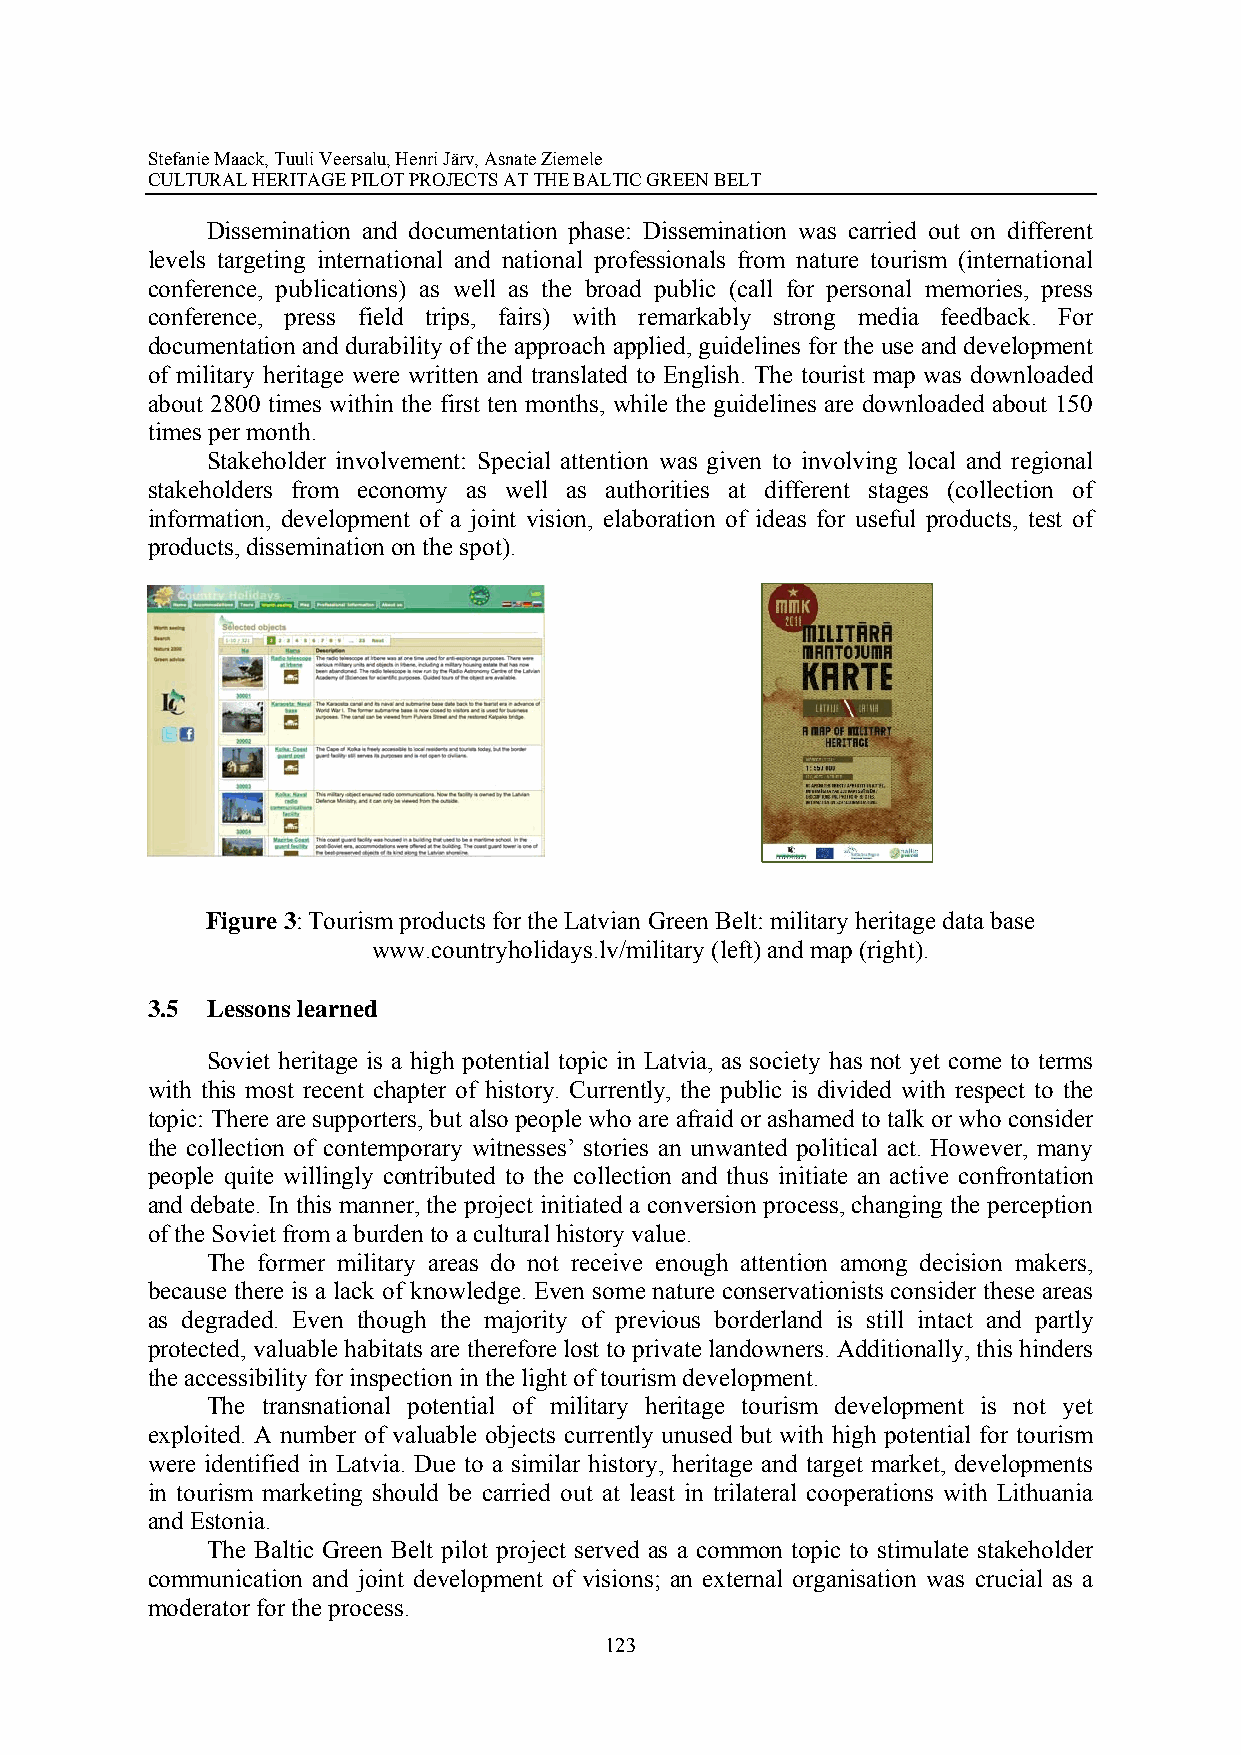
Stefanie Maack, Tuuli Veersalu, Henri Järv, Asnate Ziemele
 CULTURAL HERITAGE PILOT PROJECTS AT THE BALTIC GREEN BELT
 Dissemination and documentation phase: Dissemination was carried out on different
 levels targeting international and national professionals from nature tourism (international
 conference, publications) as well as the broad public (call for personal memories, press
 conference, press field trips, fairs) with remarkably strong media feedback. For
 documentation and durability of the approach applied, guidelines for the use and development
 of military heritage were written and translated to English. The tourist map was downloaded
 about 2800 times within the first ten months, while the guidelines are downloaded about 150
 times per month.
 Stakeholder involvement: Special attention was given to involving local and regional
 stakeholders from economy as well as authorities at different stages (collection of
 information, development of a joint vision, elaboration of ideas for useful products, test of
 products, dissemination on the spot).
 Figure 3: Tourism products for the Latvian Green Belt: military heritage data base
 www.countryholidays.lv/military (left) and map (right).
 3.5 Lessons learned
 Soviet heritage is a high potential topic in Latvia, as society has not yet come to terms
 with this most recent chapter of history. Currently, the public is divided with respect to the
 topic: There are supporters, but also people who are afraid or ashamed to talk or who consider
 the collection of contemporary witnesses’ stories an unwanted political act. However, many
 people quite willingly contributed to the collection and thus initiate an active confrontation
 and debate. In this manner, the project initiated a conversion process, changing the perception
 of the Soviet from a burden to a cultural history value.
 The former military areas do not receive enough attention among decision makers,
 because there is a lack of knowledge. Even some nature conservationists consider these areas
 as degraded. Even though the majority of previous borderland is still intact and partly
 protected, valuable habitats are therefore lost to private landowners. Additionally, this hinders
 the accessibility for inspection in the light of tourism development.
 The transnational potential of military heritage tourism development is not yet
 exploited. A number of valuable objects currently unused but with high potential for tourism
 were identified in Latvia. Due to a similar history, heritage and target market, developments
 in tourism marketing should be carried out at least in trilateral cooperations with Lithuania
 and Estonia.
 The Baltic Green Belt pilot project served as a common topic to stimulate stakeholder
 communication and joint development of visions; an external organisation was crucial as a
 moderator for the process.
 123